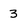
Character: 3